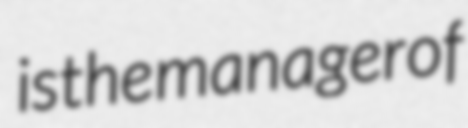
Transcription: is the manager of